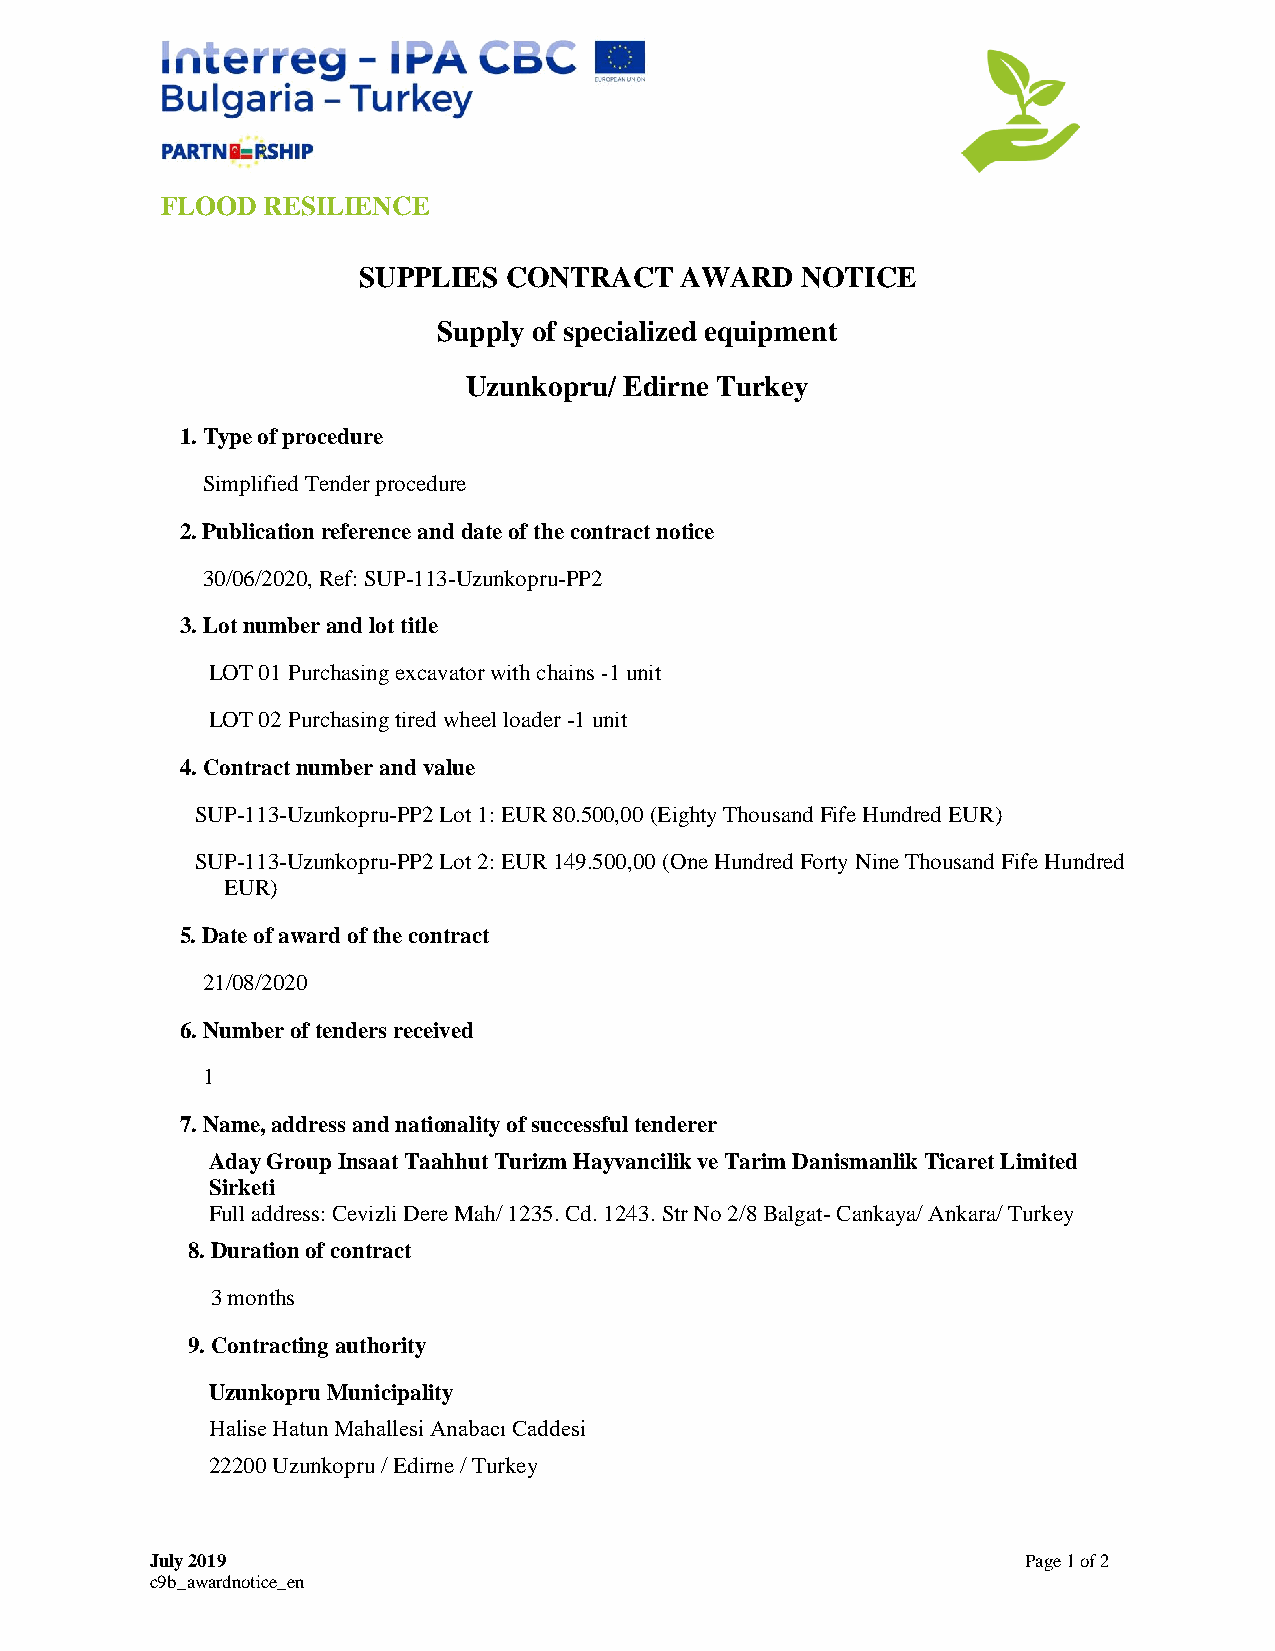
FLOOD RESILIENCE
 SUPPLIES  CONTRACT   AWARD   NOTICE
 Supply of specialized equipment
 Uzunkopru/ Edirne Turkey
 1. Type of procedure
 Simplified Tender procedure
 2. Publication reference and date of the contract notice
 30/06/2020, Ref: SUP-113-Uzunkopru-PP2
 3. Lot number and lot title
 LOT 01 Purchasing excavator with chains -1 unit
 LOT 02 Purchasing tired wheel loader -1 unit
 4. Contract number and value
 SUP-113-Uzunkopru-PP2 Lot 1: EUR 80.500,00 (Eighty Thousand Fife Hundred EUR)
 SUP-113-Uzunkopru-PP2 Lot 2: EUR 149.500,00 (One Hundred Forty Nine Thousand Fife Hundred
 EUR)
 5. Date of award of the contract
 21/08/2020
 6. Number of tenders received
 1
 7. Name, address and nationality of successful tenderer
 Aday Group Insaat Taahhut Turizm Hayvancilik ve Tarim Danismanlik Ticaret Limited
 Sirketi
 Full address: Cevizli Dere Mah/ 1235. Cd. 1243. Str No 2/8 Balgat- Cankaya/ Ankara/ Turkey
 8. Duration of contract
 3 months
 9. Contracting authority
 Uzunkopru Municipality
 Halise Hatun Mahallesi Anabacı Caddesi
 22200 Uzunkopru / Edirne / Turkey
 July 2019                                                 Page 1 of 2
 c9b_awardnotice_en